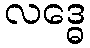
လဒ္ဓေ